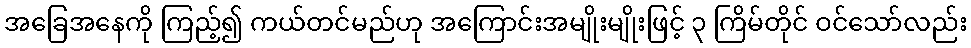
အခြေအနေကို ကြည့်၍ ကယ်တင်မည်ဟု အကြောင်းအမျိုးမျိုးဖြင့် ၃ ကြိမ်တိုင် ဝင်သော်လည်း